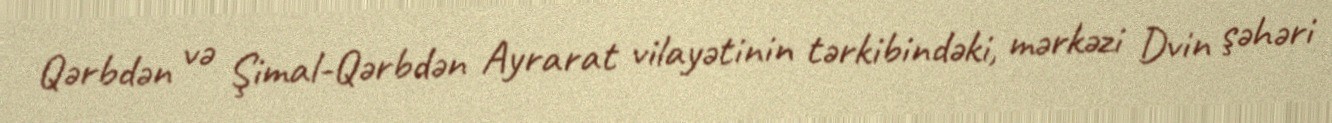
Qərbdən və Şimal-Qərbdən Ayrarat vilayətinin tərkibindəki, mərkəzi Dvin şəhəri